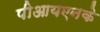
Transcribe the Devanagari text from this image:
पीआयएनके